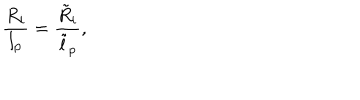
\frac { R _ { i } } { l _ { p } } = \frac { \tilde { R } _ { i } } { \tilde { l } _ { p } } ,